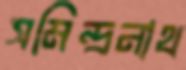
সমিন্দ্রনাথ